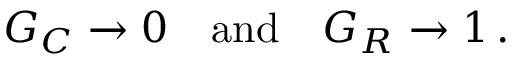
G _ { C } \to 0 \quad { \mathrm { a n d } } \quad G _ { R } \to 1 \, .